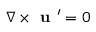
\nabla \times { \textbf { u } } ^ { \prime } = 0